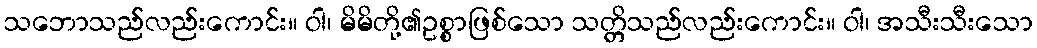
သဘောသည်လည်းကောင်း။ ဝါ၊ မိမိတို့၏ဥစ္စာဖြစ်သော သတ္တိသည်လည်းကောင်း။ ဝါ၊ အသီးသီးသော